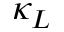
\kappa _ { L }